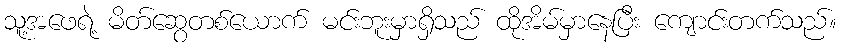
သူ့အဖေရဲ့ မိတ်ဆွေတစ်ယောက် မင်းဘူးမှာရှိသည် ထိုအိမ်မှာနေပြီး ကျောင်းတက်သည်။